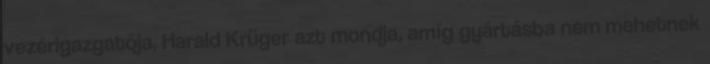
vezérigazgatója, Harald Krüger azt mondja, amíg gyártásba nem mehetnek